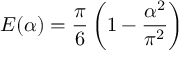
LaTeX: { \cal E } ( \alpha ) = { \frac { \pi } { 6 } } \left( 1 - { \frac { \alpha ^ { 2 } } { \pi ^ { 2 } } } \right)